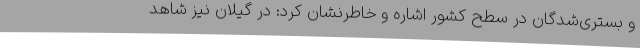
و بستری‌شدگان در سطح کشور اشاره و خاطرنشان کرد: در گیلان نیز شاهد